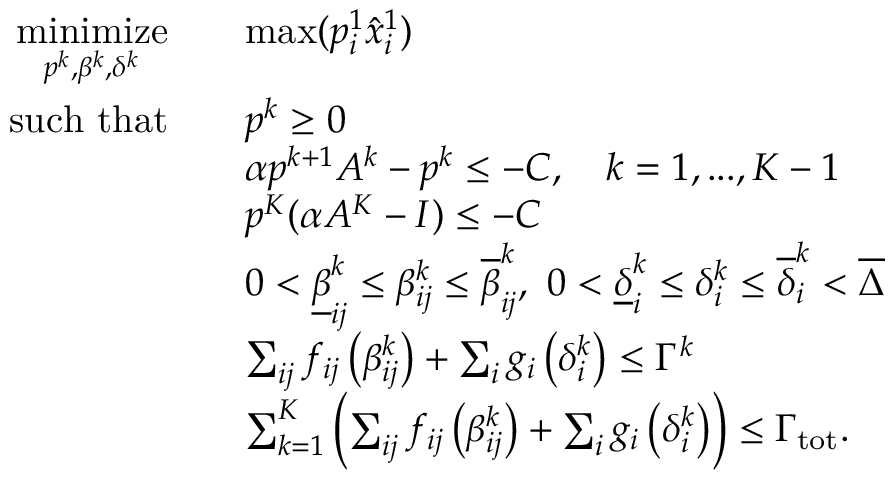
\begin{array} { r l } { \underset { p ^ { k } , \beta ^ { k } , \delta ^ { k } } { \mathrm { m i n i m i z e } } } & { \quad \mathrm { m a x } ( p _ { i } ^ { 1 } \hat { x } _ { i } ^ { 1 } ) } \\ { \mathrm { s u c h ~ t h a t } } & { \quad p ^ { k } \geq 0 } \\ & { \quad \alpha p ^ { k + 1 } A ^ { k } - p ^ { k } \leq - C , \quad k = 1 , . . . , K - 1 } \\ & { \quad p ^ { K } ( \alpha A ^ { K } - I ) \le - C } \\ & { \quad 0 < \underline { { \beta } } _ { i j } ^ { k } \leq \beta _ { i j } ^ { k } \leq \overline { { \beta } } _ { i j } ^ { k } , \ 0 < \underline { { \delta } } _ { i } ^ { k } \leq \delta _ { i } ^ { k } \leq \overline { { \delta } } _ { i } ^ { k } < \overline { { \Delta } } } \\ & { \quad \sum _ { i j } f _ { i j } \left( \beta _ { i j } ^ { k } \right) + \sum _ { i } g _ { i } \left( \delta _ { i } ^ { k } \right) \leq \Gamma ^ { k } } \\ & { \quad \sum _ { k = 1 } ^ { K } \left( \sum _ { i j } f _ { i j } \left( \beta _ { i j } ^ { k } \right) + \sum _ { i } g _ { i } \left( \delta _ { i } ^ { k } \right) \right) \leq \Gamma _ { \mathrm { t o t } } . } \end{array}